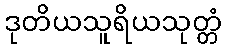
ဒုတိယသူရိယသုတ္တံ